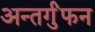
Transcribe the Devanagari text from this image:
अन्तर्गुंफन